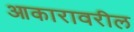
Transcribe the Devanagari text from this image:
आकारावरील